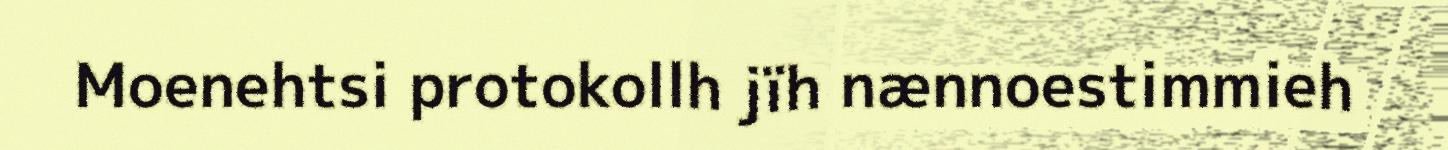
Moenehtsi protokollh jïh nænnoestimmieh